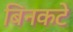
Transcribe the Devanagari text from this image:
बिनकटे